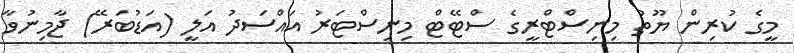
މީގެ ކުރިން ޔޫތު މިނިސްޓްރީގެ ސްޓޭޓް މިނިސްޓަރު އައްސަދު އަލީ (އަޑުބަރޭ) ޖާމިނުވާ